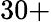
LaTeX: {30+}